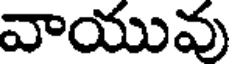
వాయువు